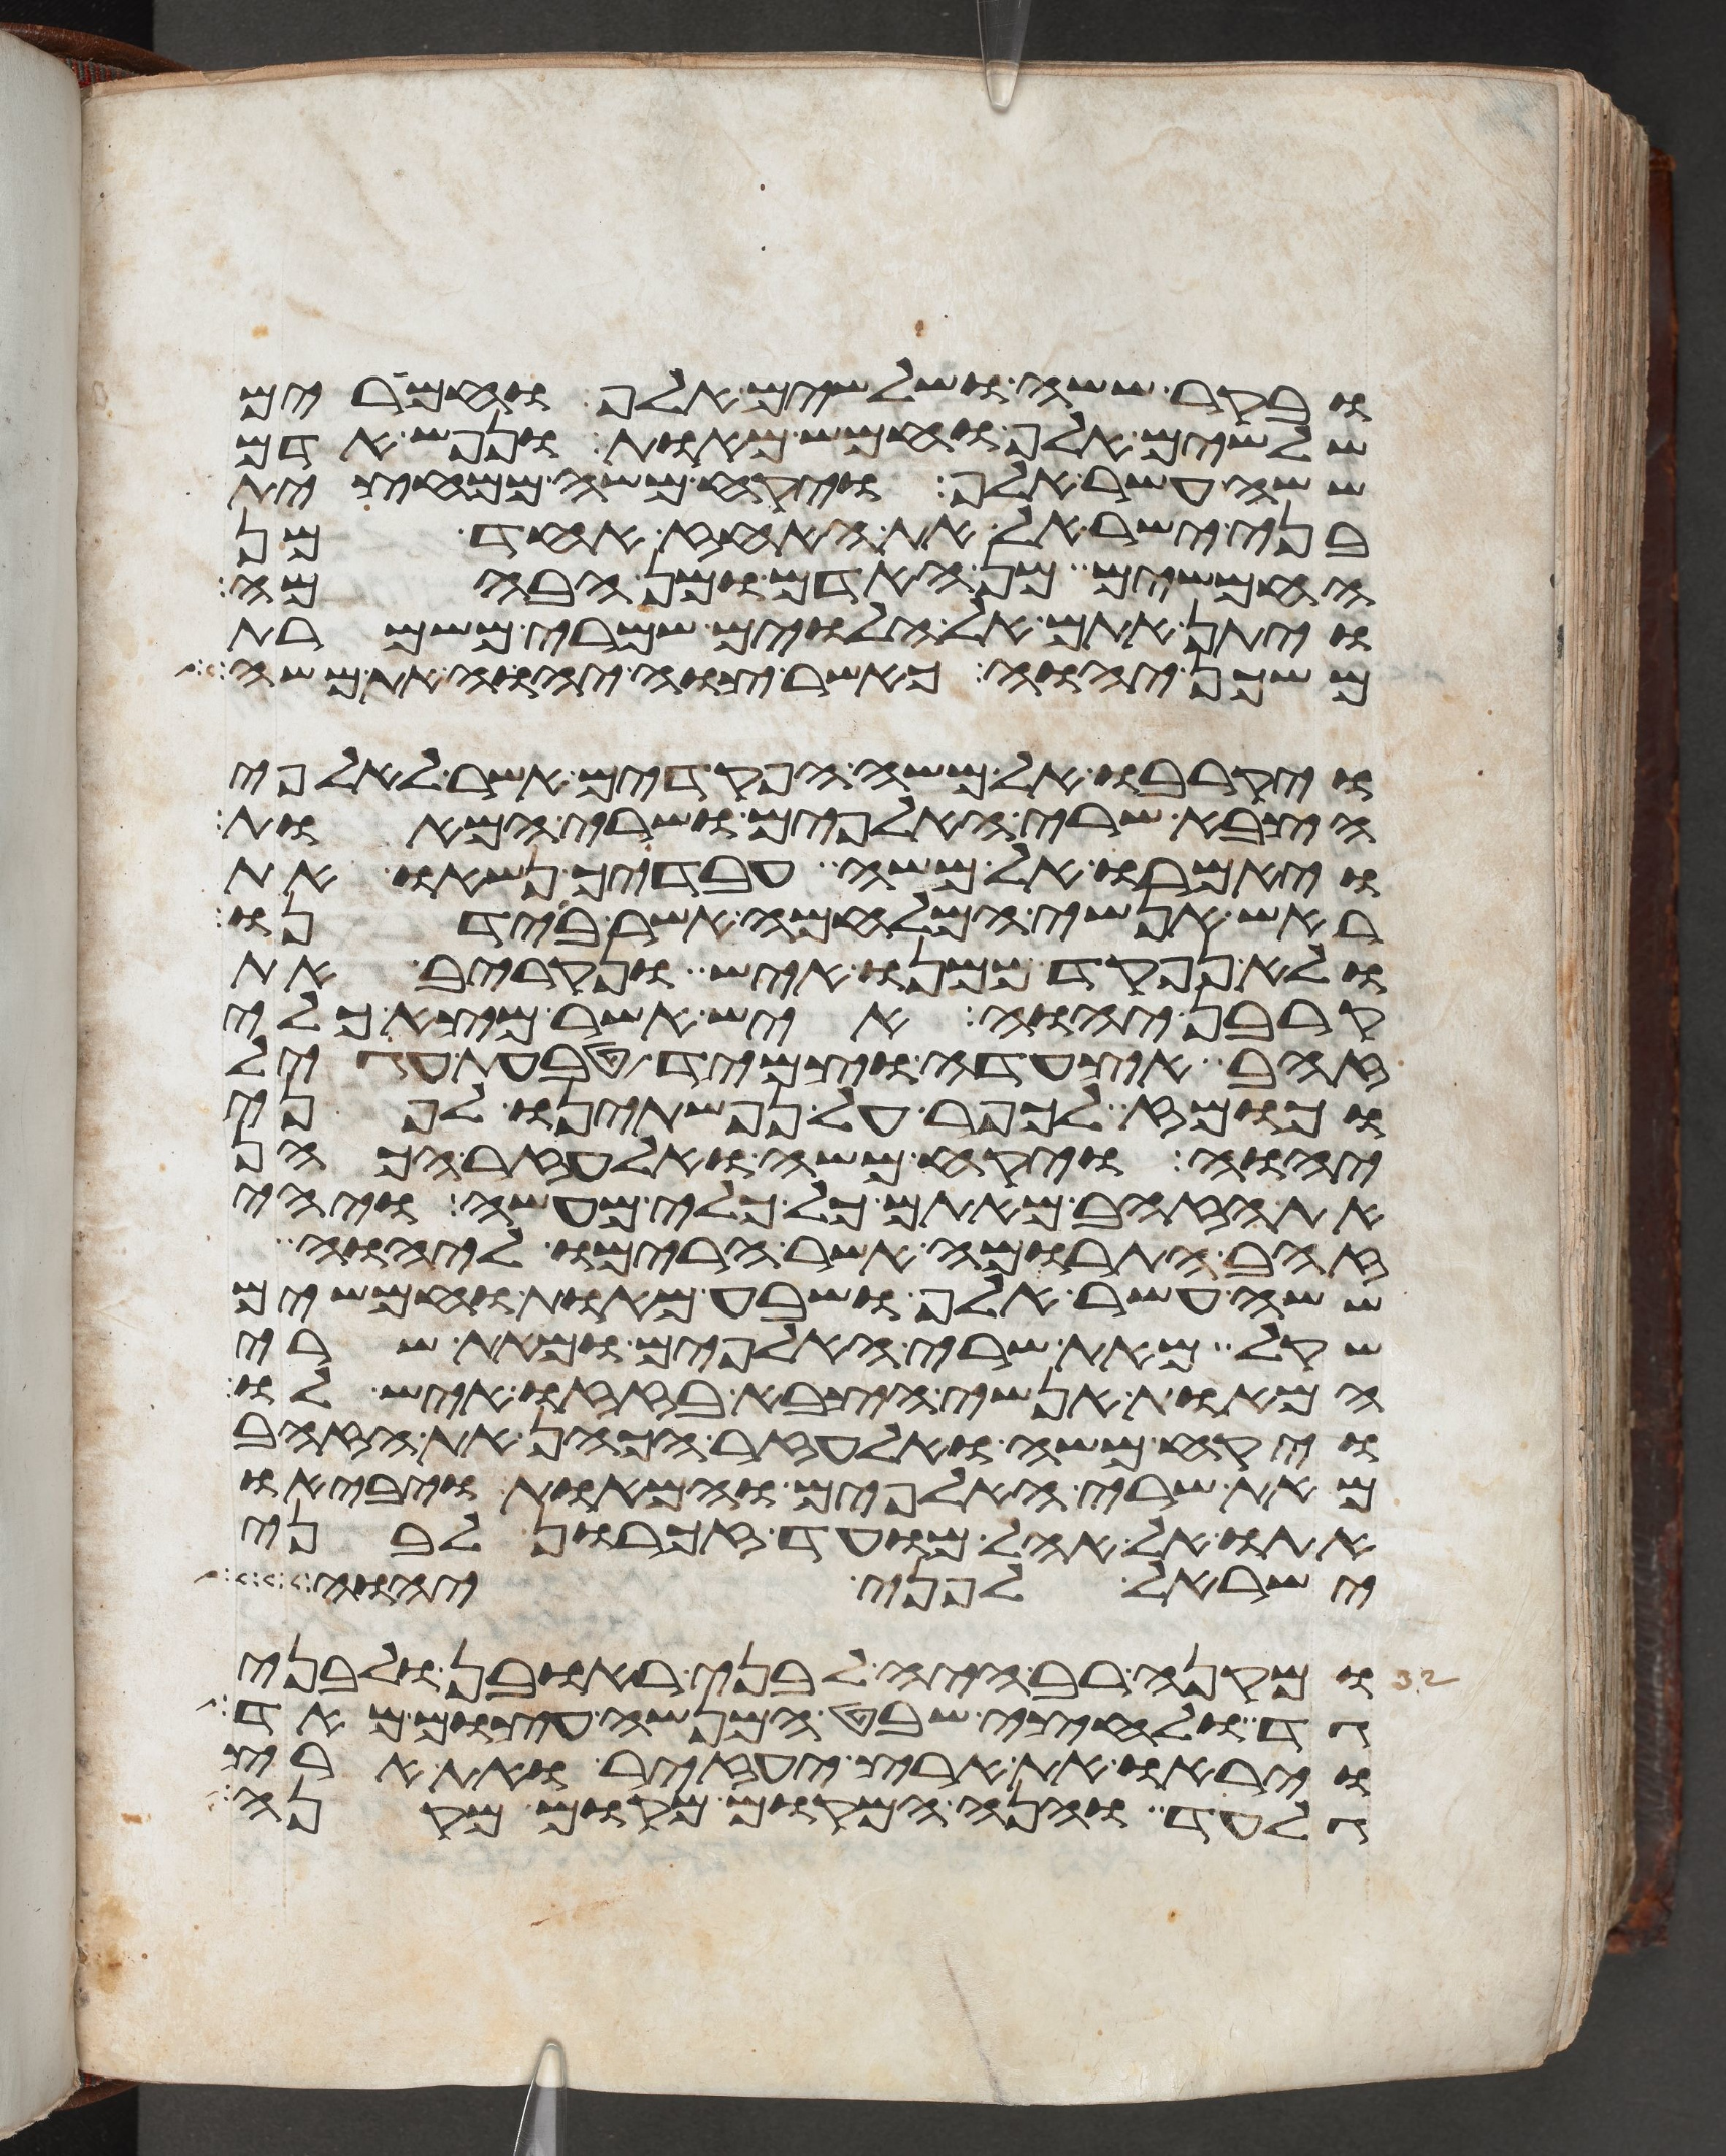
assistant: ובקר ששה ושלשים אלף וחמרים
שלשים אלף וחמש מאות ונפש אדם
ששה עשר אלף ויקח משה ממחצית
בני ישראל את האחז אחד מן
החמשים מן האדם ומן הבהמה
ויתן אתם אל הלוים שמרי משמרת
משכן יהוה כאשר צוה יהוה את משה
ויקרבו אל משה הפקדים אשר לאלפי
הצבא שרי האלפים ושרי המאות
ויאמרו אל משה עבדיך נשאו את
ראש אנשי המלחמה אשר בידנו
ולא נפקד ממנו איש ונקריב את
קרבן יהוה איש אשר מצא כלי
זהב אצעדה וצמיד טבעת עגיל
וכומז לכפר על נפשתינו לפני
יהוה ויקח משה ואלעזר הכהן
את הזהב מאתם כל כלי מעשה ויהי
זהב התרומה אשר הרימו ליהוה
ששה עשר אלף ושבע מאות וחמשים
שקל מאת שרי האלפים ומאת שרי
המאות אנשי הצבא בזזו איש לו
ויקח משה ואלעזר הכהן את הזהב
מאת שרי האלפים והמאות ויביאו
אתו אל אהל מועד זכרון לבני
ישראל לפני יהוה
ומקנה רב היה לבני ראובן ולבני
גד ולחצי שבט המנשה עצום מאד
ויראו את ארץ יעזיר ואת ארץ
גלעד והנה המקום מקום מקנה